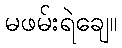
မဖမ်းရဲချေ။